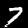
Digit: 4